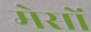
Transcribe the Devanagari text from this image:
मेसों